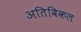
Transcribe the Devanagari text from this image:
अतिविकल